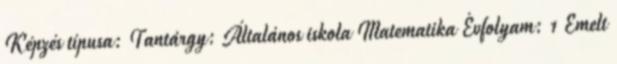
Képzés típusa: Tantárgy: Általános iskola Matematika Évfolyam: 1 Emelt